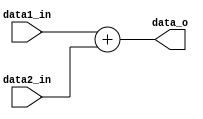
module Adder
(
    data1_in,
    data2_in,
    data_o
);

input   [31:0]  data1_in;
input   [31:0]  data2_in;
output  [31:0]  data_o;

reg     [31:0]  result;

assign data_o = result;

always@(*) begin
    result = data1_in + data2_in;
end

endmodule